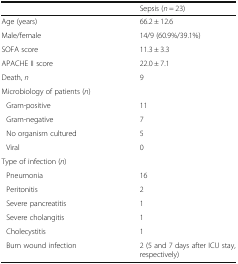
|  | Sepsis (n = 23) |
 | --- | --- |
 | Age (years) | 66.2 ± 12.6 |
 | Male/female | 14/9 (60.9%/39.1%) |
 | SOFA score | 11.3 ± 3.3 |
 | APACHE II score | 22.0 ± 7.1 |
 | Death, n | 9 |
 | <COLSPAN=2> Microbiology of patients (n) |
 | Gram-positive | 11 |
 | Gram-negative | 7 |
 | No organism cultured | 5 |
 | Viral | 0 |
 | <COLSPAN=2> Type of infection (n) |
 | Pneumonia | 16 |
 | Peritonitis | 2 |
 | Severe pancreatitis | 1 |
 | Severe cholangitis | 1 |
 | Cholecystitis | 1 |
 | Burn wound infection | 2 (5 and 7 days after ICU stay, respectively) |